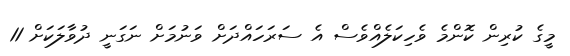
މީގެ ކުރިން ކޮންމެ ވެހިކަލެއްވެސް އެ ސަރަހައްދަށް ވަނުމަށް ނަގަނީ ދުވާލަކަށް 11